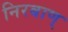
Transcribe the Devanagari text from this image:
निरबाण्